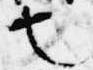
也